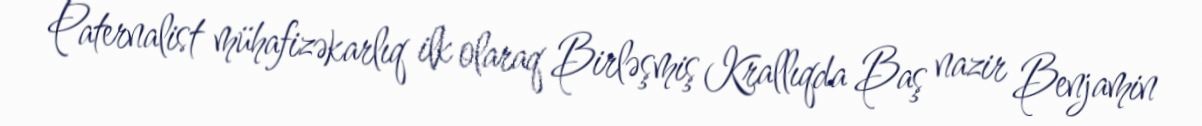
Paternalist mühafizəkarlıq ilk olaraq Birləşmiş Krallıqda Baş nazir Benjamin